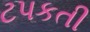
ટપકતી